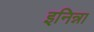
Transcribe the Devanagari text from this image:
इनिन्ना